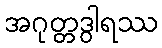
အဂုတ္တဒွါရဿ